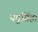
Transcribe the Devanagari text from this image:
यदुसिंह।